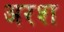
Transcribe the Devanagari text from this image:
अरश